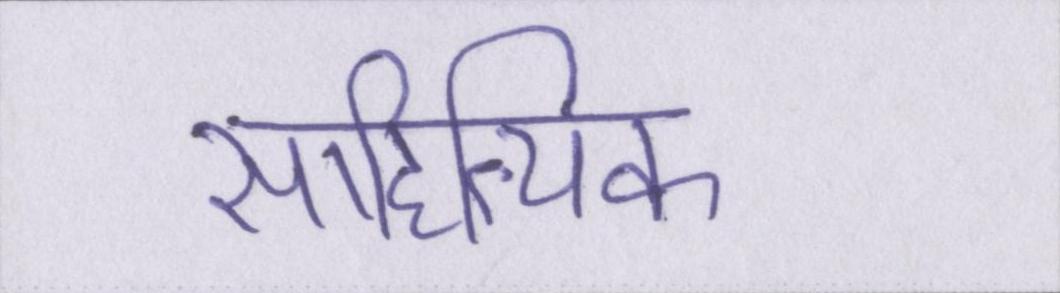
साहित्यिक